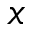
x